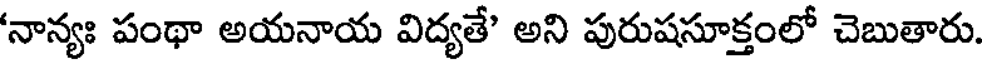
'నాన్యః పంథా అయనాయ విద్యతే' అని పురుషసూక్తంలో చెబుతారు.